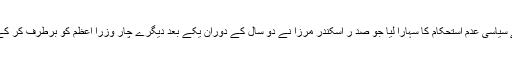
ایوب خان نے سیاسی عدم استحکام کا سہارا لیا جو صد ر اسکندر مرزا نے دو سال کے دوران یکے بعد دیگرے چار وزرا اعظم کو برطرف کر کے پیدا کیا تھا۔